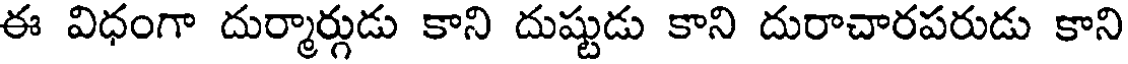
ఈ విధంగా దుర్మార్గుడు కాని దుష్టుడు కాని దురాచారపరుడు కాని